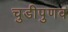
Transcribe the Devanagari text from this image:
चुडीपुणव